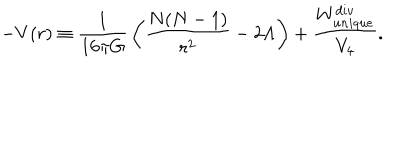
LaTeX: - V ( r ) \equiv { \frac { 1 } { 1 6 \pi G } } \left( { \frac { N ( N - 1 ) } { r ^ { 2 } } } - 2 \Lambda \right) + { \frac { W _ { u n i q u e } ^ { d i v } } { V _ { 4 } } } .